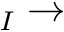
_ I \rightarrow